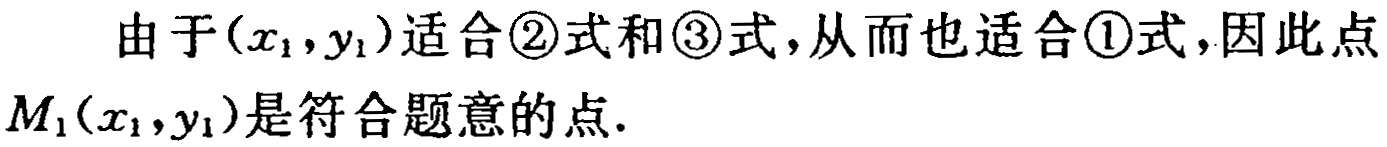
由于\((x_{1},y_{1})\)适合\textcircled{2}式和\textcircled{3}式,从而也适合\textcircled{1}式,因此点\(M_{1}(x_{1},y_{1})\)是符合题意的点.